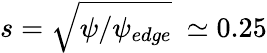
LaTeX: s=\sqrt{\psi/\psi_{edge}}~\simeq 0.25